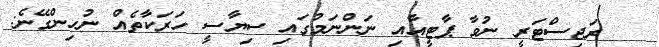
ރަޖިސްޓަރީ ނުވާ ޕާޓީއާއި ނަންނަމުގައި ސިޔާސީ ހަރަކާތެއް ނުހިންގޭނެ: